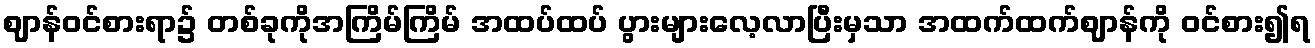
ဈာန်ဝင်စားရာ၌ တစ်ခုကိုအကြိမ်ကြိမ် အထပ်ထပ် ပွားများလေ့လာပြီးမှသာ အထက်ထက်ဈာန်ကို ဝင်စား၍ရ